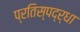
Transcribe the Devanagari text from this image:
प्रतिस्पद्र्धा